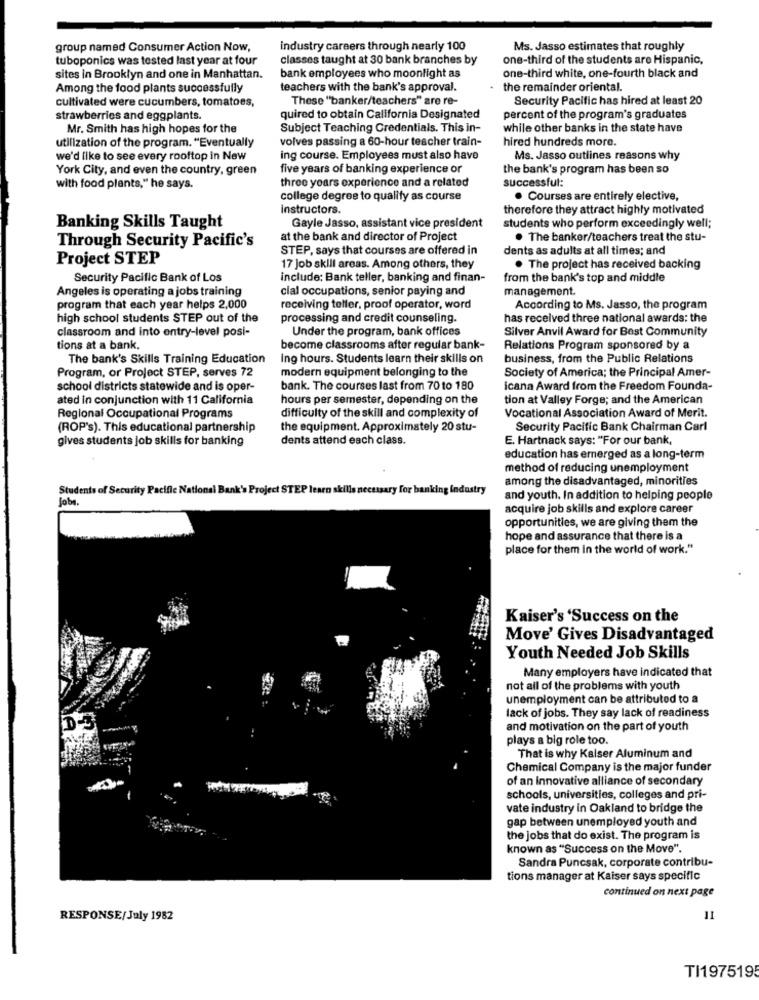
group named Consumer Action Now,
industry careers through nearly 100
Ms. Jasso estimates that roughly
tuboponics was tested last year at four
classes taught at 30 bank branches by
one-third of the students are Hispanic,
sites in Brooklyn and one in Manhattan.
bank employees who moonlight as
one-third white, one-fourth black and
Among the food plants successfully
teachers with the bank's approval.
the remainder oriental.
cultivated were cucumbers, tomatoes,
These "banker/teachers" are re-
Security Pacific has hired at least 20
strawberries and eggplants.
quired to obtain California Designated
percent of the program's graduates
Mr. Smith has high hopes for the
Subject Teaching Credentials. This in-
while other banks in the state have
volves passing a 60-hour teacher train-
hired hundreds more.
utilization of the program. "Eventually
we'd like to see every rooftop in New
ing course. Employees must also have
Ms. Jasso outlines reasons why
York City, and even the country, green
five years of banking experience or
the bank's program has been so
successful:
with food plants," he says.
three years experience and a related
college degree to qualify as course
. Courses are entirely elective,
instructors.
therefore they attract highly motivated
Banking Skills Taught
Gayle Jasso, assistant vice president
students who perform exceedingly well;
Through Security Pacific's
at the bank and director of Project
. The banker/teachers treat the stu-
STEP, says that courses are offered in
dents as adults at all times; and
Project STEP
17 Job skill areas. Among others, they
. The project has received backing
Security Pacific Bank of Los
include: Bank teller, banking and finan-
from the bank's top and middle
Angeles is operating a jobs training
cial occupations, senior paying and
management.
program that each year helps 2,000
receiving teller, proof operator, word
According to Ms. Jasso, the program
high school students STEP out of the
processing and credit counseling.
has received three national awards: the
classroom and into entry-level posi-
Under the program, bank offices
Silver Anvil Award for Best Community
tions at a bank.
become classrooms after regular bank-
Relations Program sponsored by a
The bank's Skills Training Education
Ing hours. Students learn their skills on
business, from the Public Relations
Program, or Project STEP, serves 72
modern equipment belonging to the
Society of America; the Principal Amer-
school districts statewide and is oper-
bank. The courses last from 70 to 180
Icana Award from the Freedom Founda-
ated in conjunction with 11 California
hours per semester, depending on the
tion at Valley Forge; and the American
Regional Occupational Programs
difficulty of the skill and complexity of
Vocational Association Award of Merit.
(ROP's). This educational partnership
the equipment. Approximately 20 stu-
Security Pacific Bank Chairman Carl
gives students job skills for banking
dents attend each class.
E. Hartnack says: "For our bank,
education has emerged as a long-term
method of reducing unemployment
among the disadvantaged, minorities
Students of Security Pacific National Bank's Project STEP learn skills necessary for banking industry
Jobs.
and youth. In addition to helping people
acquire job skills and explore career
opportunities, we are giving them the
hope and assurance that there is a
place for them In the world of work."
Kaiser's 'Success on the
Move' Gives Disadvantaged
Youth Needed Job Skills
Many employers have indicated that
not all of the problems with youth
unemployment can be attributed to a
lack of jobs. They say lack of readiness
and motivation on the part of youth
plays a big role too
That is why Kalser Aluminum and
Chemical Company is the major funder
of an innovative alliance of secondary
schools, universities, colleges and pri-
vate industry in Oakland to bridge the
gap between unemployed youth and
the jobs that do exist. The program is
known as "Success on the Move".
Sandra Puncsak, corporate contribu-
tions manager at Kaiser says specific
continued on next page
RESPONSE/July 1982
11
TI1975195